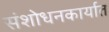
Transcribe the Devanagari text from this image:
संशोधनकार्यात